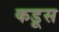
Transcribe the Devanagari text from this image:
कडूस